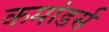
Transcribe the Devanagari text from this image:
कमांडर्स